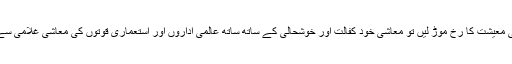
ہمارے خیال میں اگر ہم مندرجہ ذیل تین اصولوں کو اپنا کر اس سمت اپنی قومی معیشت کا رخ موڑ لیں تو معاشی خود کفالت اور خوشحالی کے ساتھ ساتھ عالمی اداروں اور استعماری قوتوں کی معاشی غلامی سے نجات حاصل کرنے میں بھی چند برسوں سے زیادہ کا وقت درکار نہیں ہوگا۔